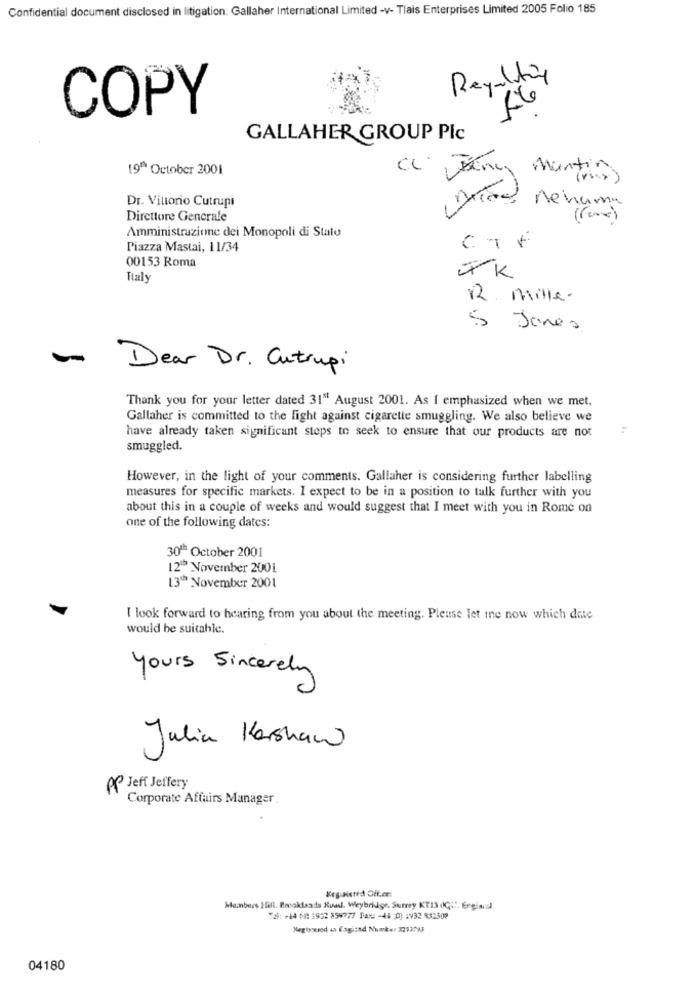
Confidential document disclosed in litigation: Gallaher International Limited -v- Tlais Enterprises Limited 2005 Folio 185
Regulating
COPY
GALLAHER GROUP Plc
19" October 2001
CL Tony Martin
( mix )
Dr. Vittorio Cutrupi
ros nehuma
Direttore Generale
Amministrazione dei Monopoli di Stato
CTF
Piazza Mastai, 11/34
-
00153 Roma
Italy
FK
R. mille-
5 Jones
- Dear Dr. Cutrupi
Thank you for your letter dated 315 August 2001. As I emphasized when we met,
Gallaher is committed to the fight against cigarette smuggling. We also believe we
4.
have already taken significant steps to seek to ensure that our products are not
smuggled.
However, in the light of your comments. Gallaher is considering further labelling
measures for specific markets. I expect to be in a position to talk further with you
about this in a couple of weeks and would suggest that I meet with you in Rome on
one of the following dates:
30 ** October 2001
12" November 2001
13" November 2001
I look forward to hearing from you about the meeting. Please let ine now which date
would be suitable.
yours Sincerely
Julia Kershaw
AP Jeff Jeffery
Corporate Affairs Manager
Kegutiered Off.er:
Menbers Hill. Brooklands Rua. Weybridge, Surrey KT13 0G:". Ergianad
Tal: +44 (: 1932 899777 Bare -48 ;0) 1932 k32508
Negiverod in Cagiind Numker 2292793
04180